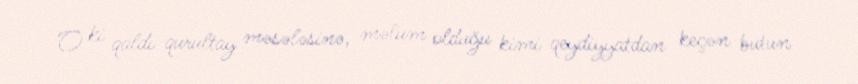
O ki qaldı qurultay məsələsinə, məlum olduğu kimi qeydiyyatdan keçən bütün